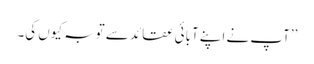
’’آپ نے اپنے آبائی عقائد سے توبہ کیوں کی۔